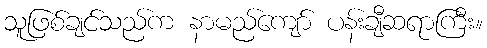
သူဖြစ်ချင်သည်က နာမည်ကျော် ပန်းချီဆရာကြီး။